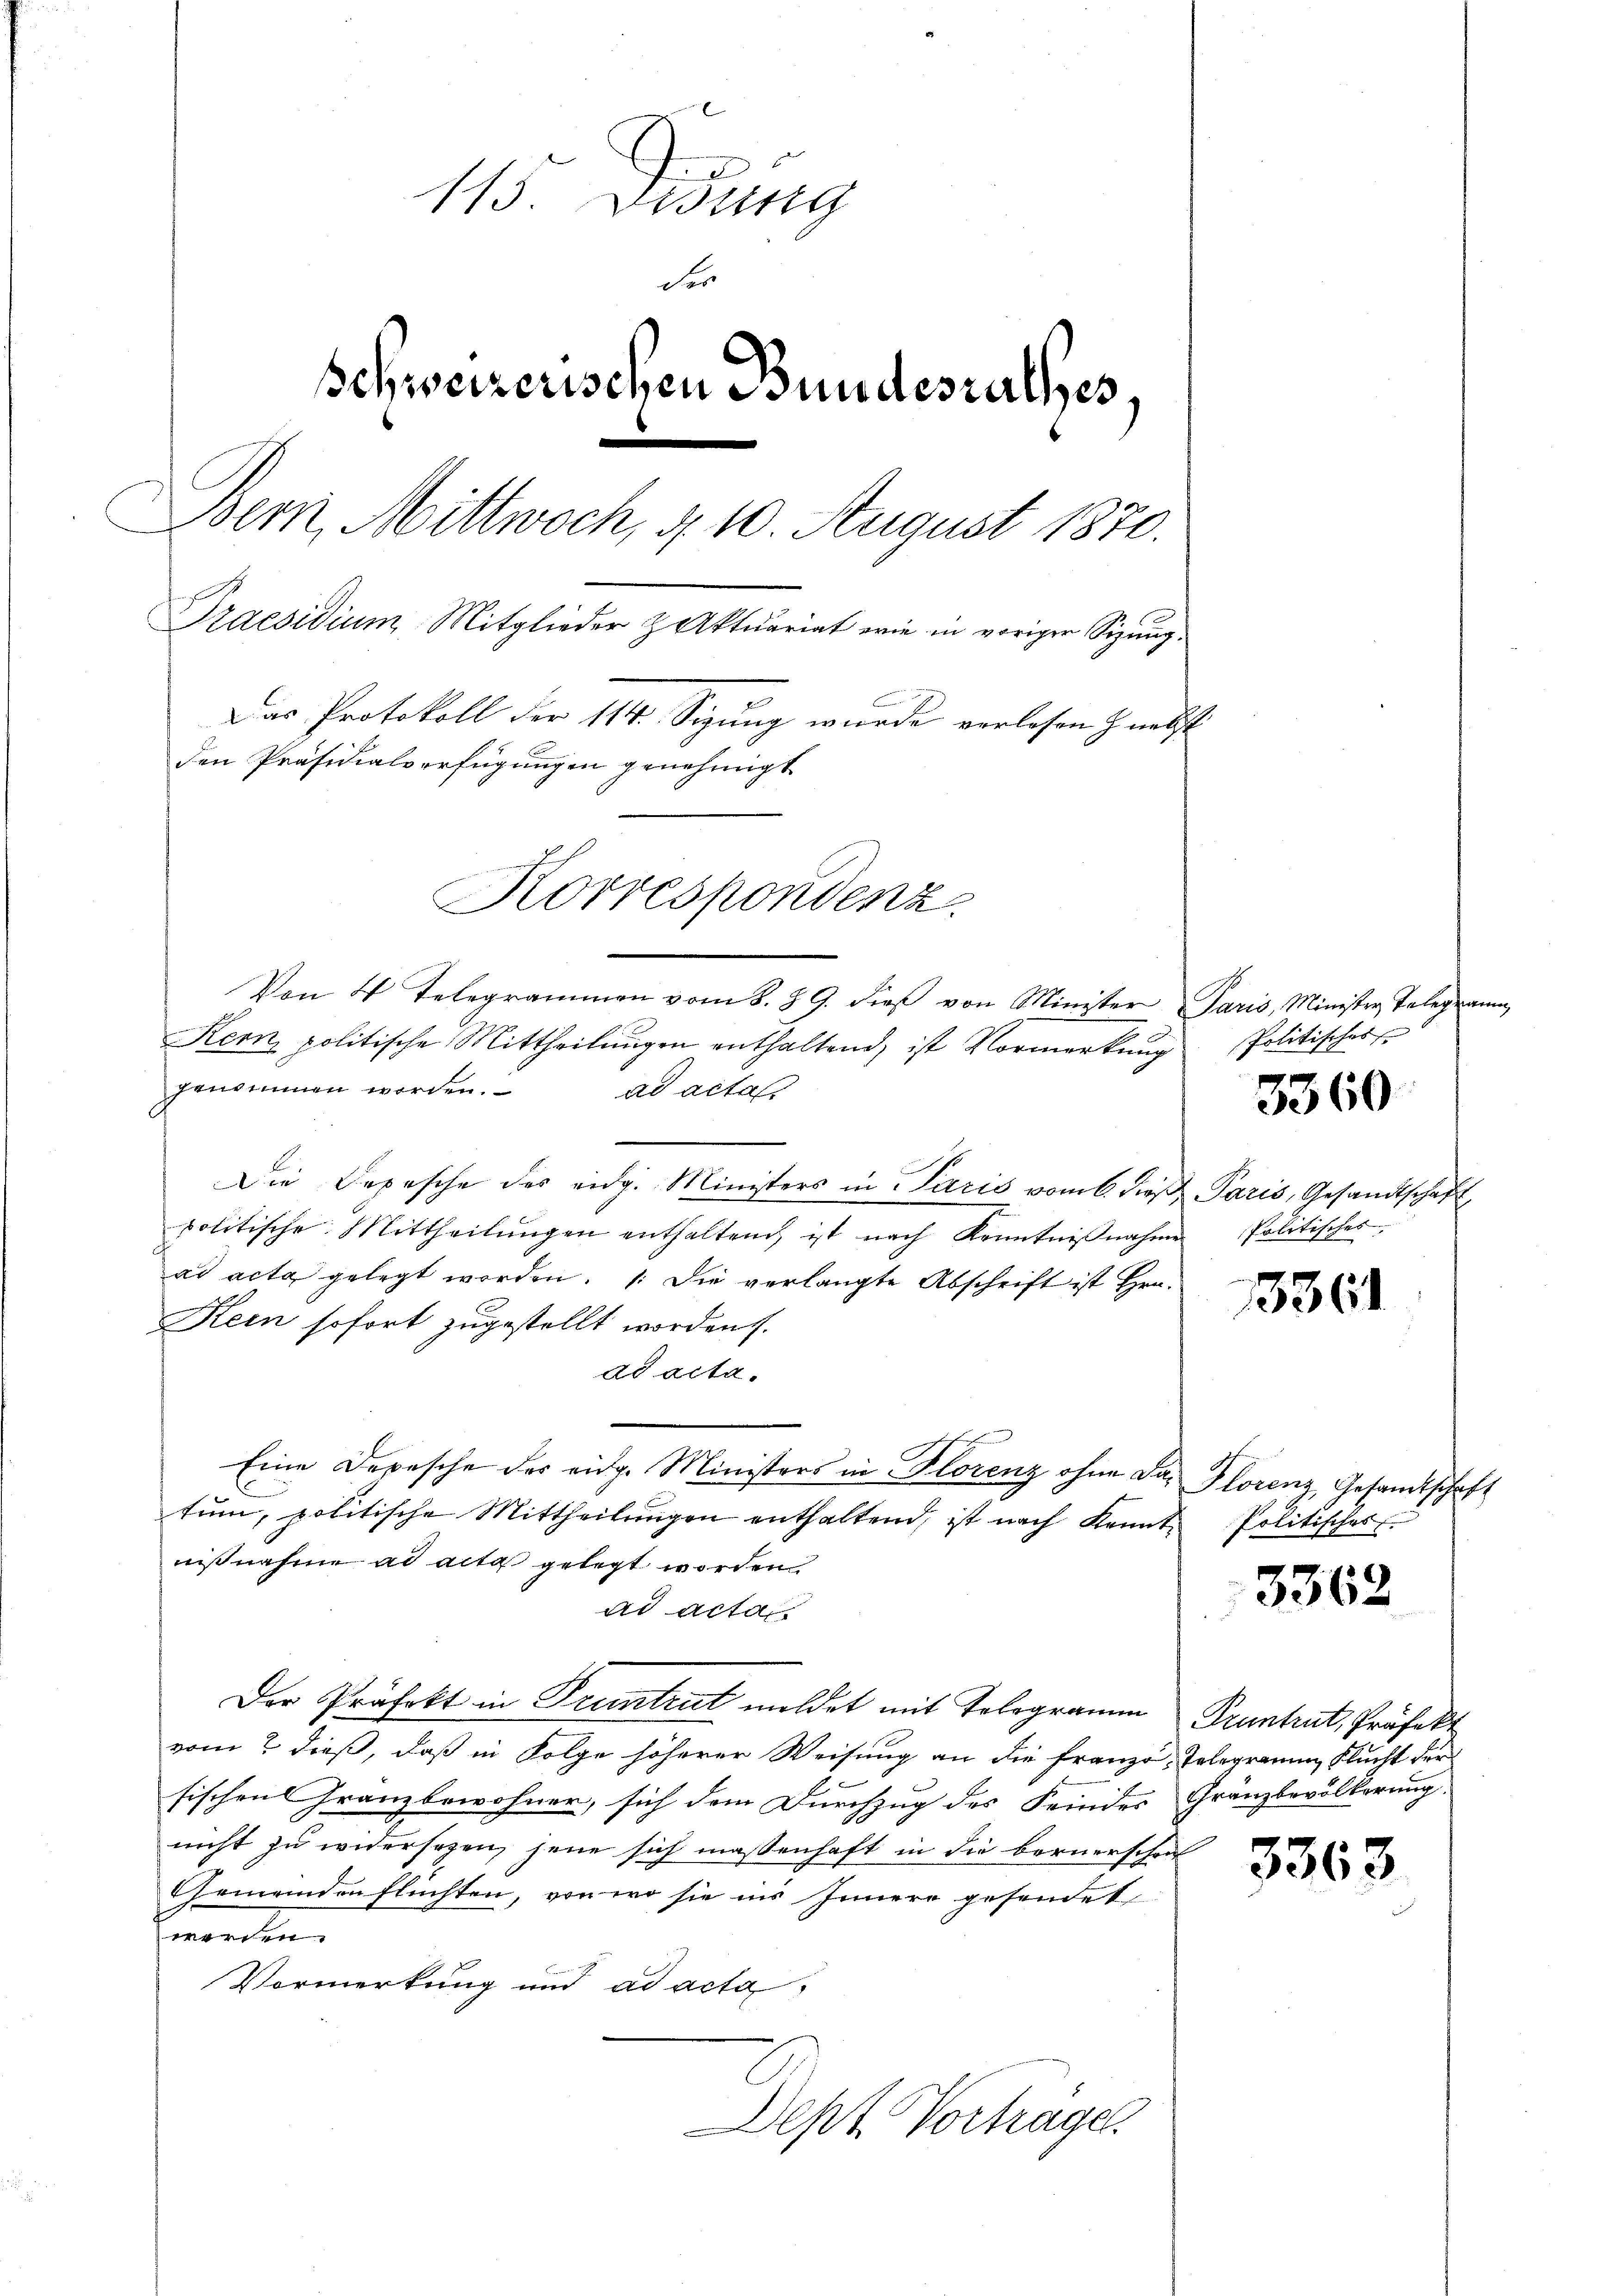
115. Disung
Ser
Schweizerischen Bundesrathes.
Bem Mittwoch, d. 10. August 1870.
Praesidium Mitglieder & Aktuariat wie in voriger Sizŭng.
Das Protokoll der 114. Sigung wurde verlesen & nebst
den Präsidialverfügungen genehmigt
Korrespondenz.

Von 4 Telegrammen vom 8. 89. dieβ von Minister Paris, Minister Telegramm
e
Kern politische Mittheilungen enthaltend, ist Vormerkung
genommen worden.
ad acta
Die Depesche des eidg. Ministers in Paris vom 6. dieβ Paris, Gesandtschaft
politische Mittheilŭngen enthaltend, ist nach Kenntniβnahme Politisches
ad acta gelegt worden.  Die verlangte Abschrift ist Hrn.
Kein sofort zugestellt worden.
ad acta.
Eine Depesche der eidg. Ministers in Florenz ohne da. Florenz Gesandtschaft
tŭm, politische Mittheilŭngen enthaltend, ist nach Kennte Politisches
nißnahme ad acta gelegt worden.
ad acta
Der Präfekt in Pruntrut meldet mit Telegramm Truntrut, Präfekt
vom 2 dieß, daß in Folge höherer Weisung an die Franzo, Telegramm Flucht der
Fischen Franzbewohner, sich dem Durchzug des Feindes Gränzbevölkerung
nicht zu widersagen, jene sich massenhaft in die Bernerschrif
Gemeinden flüchten, von wo sie ins Innere gesendet
werden.
Vormerkung und ad acta
Dept Vortragen.

Politisches

3360

3361

3362

3363